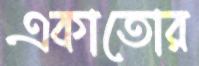
একাতোর